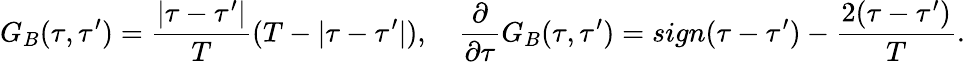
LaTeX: G_{B}(\tau,\tau^{\prime})=\frac{|\tau-\tau^{\prime}|}{T}(T-|\tau-\tau^{\prime}|),\quad\frac{\partial}{\partial\tau}G_{B}(\tau,\tau^{\prime})=sign(\tau-\tau^{\prime})-{\frac{2(\tau-\tau^{\prime})}{T}}.